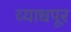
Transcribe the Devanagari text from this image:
व्याधपूर